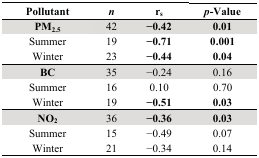
<table><thead><tr><td><b>Pollutant</b></td><td><b><i>n</i></b></td><td><b>r<sub>s</sub></b></td><td><b><i>p</i>-Value</b></td></tr></thead><tbody><tr><td><b>PM<sub>2.5</sub></b></td><td>42</td><td><b>−0.42</b></td><td><b>0.01</b></td></tr><tr><td>Summer</td><td>19</td><td><b>−0.71</b></td><td><b>0.001</b></td></tr><tr><td>Winter</td><td>23</td><td><b>−0.44</b></td><td><b>0.04</b></td></tr><tr><td><b>BC</b></td><td>35</td><td>−0.24</td><td>0.16</td></tr><tr><td>Summer</td><td>16</td><td>0.10</td><td>0.70</td></tr><tr><td>Winter</td><td>19</td><td><b>−0.51</b></td><td><b>0.03</b></td></tr><tr><td><b>NO<sub>2</sub></b></td><td>36</td><td><b>−0.36</b></td><td><b>0.03</b></td></tr><tr><td>Summer</td><td>15</td><td>−0.49</td><td>0.07</td></tr><tr><td>Winter</td><td>21</td><td>−0.34</td><td>0.14</td></tr></tbody></table>